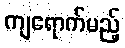
ကျရောက်မည့်